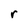
Character: r